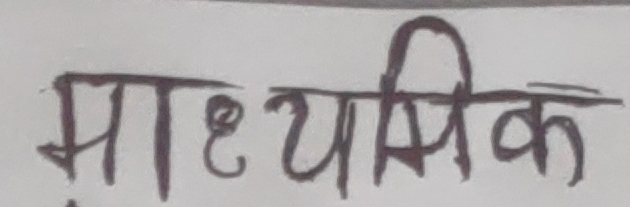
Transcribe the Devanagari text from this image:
माध्यमिक